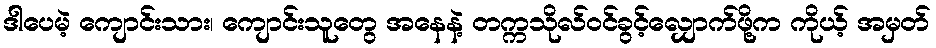
ဒါပေမဲ့ ကျောင်းသား၊ ကျောင်းသူတွေ အနေနဲ့ တက္ကသိုလ်ဝင်ခွင့်လျှောက်ဖို့က ကိုယ့် အမှတ်